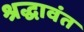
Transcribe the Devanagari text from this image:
श्रद्धावंत